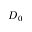
D _ { 0 }